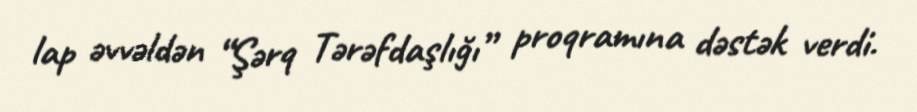
lap əvvəldən “Şərq Tərəfdaşlığı” proqramına dəstək verdi.